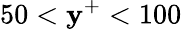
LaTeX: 50<\mathbf{y}^{+}<100